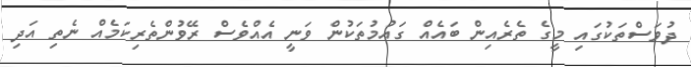
ދުވަސްތަކުގައި މީގެ ތެރެއިން ބައެއް ގައުމުތަކުން ވަނީ އެއްވެސް ރޭވުންތެރިކަމެއް ނެތި އަދި